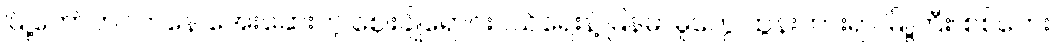
မြို့တော်ဘဝကနေ အေးဆေးတဲ့ ဈေးချိုရောင်းဝယ်ရေးနဲ့ မြန်မာမှုတွေ ထွန်းကားရာ မြို့ကြီး၊ စစ်ဘေး